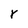
Character: r